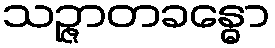
သဉ္ဇာတခန္ဓော